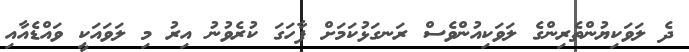
ދެ ލަވަކިޔުންތެރިންގެ ލަވަކިއުންވެސް ރަނގަޅުކަމަށް ފާހަގަ ކުރެވުނު އިރު މި ލަވައަކީ ވައްޑެއާއި